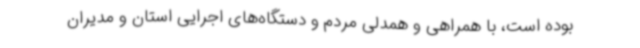
بوده است، با همراهی و همدلی مردم و دستگاه‌های اجرایی استان و مدیران